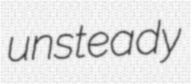
unsteady